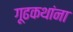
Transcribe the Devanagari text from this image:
गूढकथांना